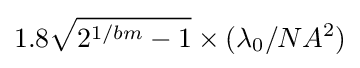
1.8{\sqrt {2^{1/bm}-1}}\times (\lambda _{0}/NA^{2})